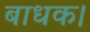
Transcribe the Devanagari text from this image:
बाधक।